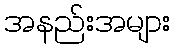
အနည်းအများ